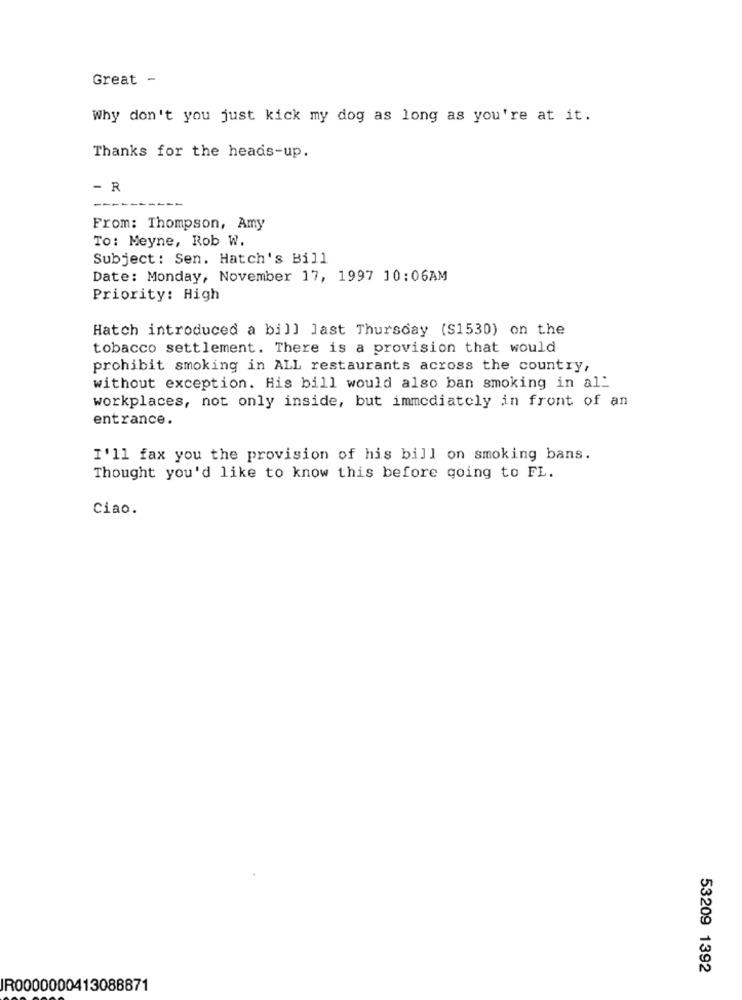
Great -
Why don't you just kick my dog as long as you're at it.
Thanks for the heads-up.
- R
From: Thompson, Amy
To: Meyne, Rob W.
Subject: Sen. Hatch's Bill
Date: Monday, November 17, 1997 10:06AM
Priority: High
Hatch introduced a bill last Thursday (S1530) on the
tobacco settlement. There is a provision that would
prohibit smoking in ALL restaurants across the country,
without exception. His bill would also ban smoking in al_
workplaces, not only inside, but immediately in front of an
entrance.
I'll fax you the provision of his bill on smoking bans.
Thought you'd like to know this before going to FL.
Ciao.
53209 1392
IR0000000413088871